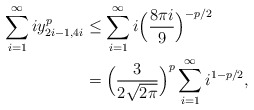
\begin{align*}\sum_{i=1}^\infty iy_{2i-1,4i}^p &\leq \sum_{i=1}^\infty i\Big(\frac{8\pi i}{9}\Big)^{-p/2}\\&=\Big(\frac{3}{2\sqrt{2\pi}}\Big)^p\sum_{i=1}^\infty i^{1-p/2},\end{align*}